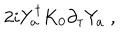
LaTeX: 2 i Y _ { a } ^ { \dagger } K _ { 0 } \partial _ { \tau } Y _ { a } \; ,